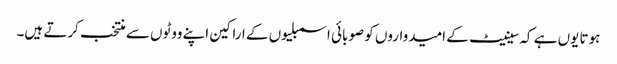
ہوتا یوں ہے کہ سینیٹ کے امیدواروں کو صوبائی اسمبلیوں کے اراکین اپنے ووٹوں سے منتخب کرتے ہیں۔